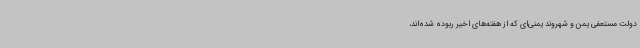
دولت مستعفی یمن و شهروند یمنی‌ای که از هفته‌های اخیر ربوده شده‌اند،